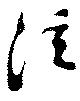
注